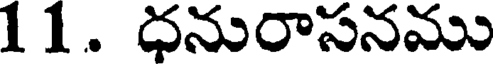
11. ధనురాసనము